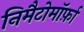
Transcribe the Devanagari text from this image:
निमैटोमॉर्फ़ा